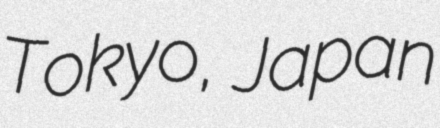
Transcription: Tokyo, Japan